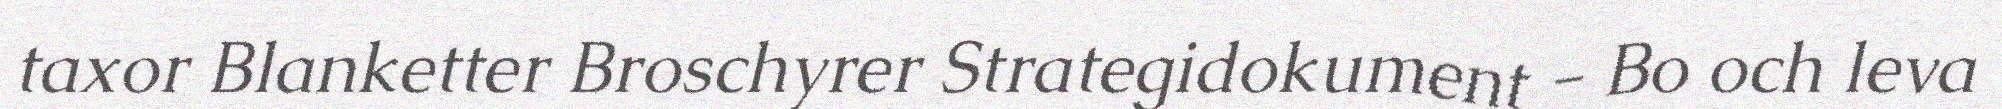
taxor Blanketter Broschyrer Strategidokument - Bo och leva